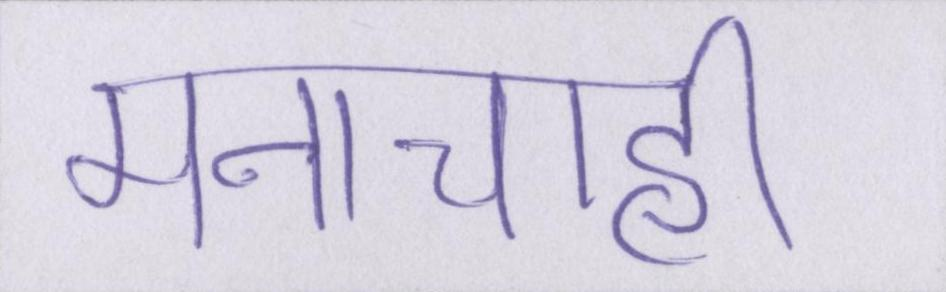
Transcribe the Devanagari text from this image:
मनाचाही